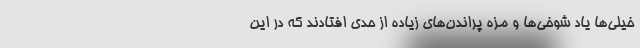
خیلی‌ها یاد شوخی‌ها و مزه پراندن‌های زیاده از حدی افتادند که در این